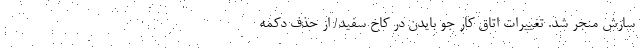
سازش منجر شد. تغییرات اتاق کار جو بایدن در کاخ سفید/ از حذف دکمه